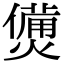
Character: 𤏛